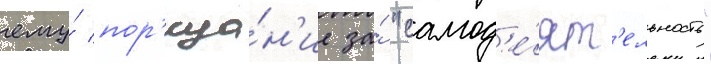
ему́ пор'ица́н'ие за́ "самод'е́ят'ельность"